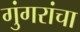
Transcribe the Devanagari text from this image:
गुंगरांचा